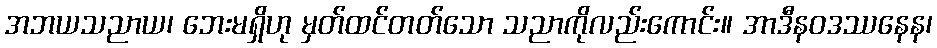
အဘယသညာယ၊ ဘေးမရှိဟု မှတ်ထင်တတ်သော သညာကိုလည်းကောင်း။ အာဒီနဝဒဿနေန၊